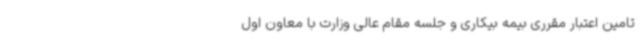
تامین اعتبار مقرری بیمه بیکاری و جلسه مقام عالی وزارت با معاون اول